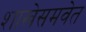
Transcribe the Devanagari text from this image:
शाखेसमवेत